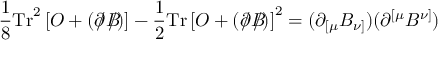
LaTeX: \frac { 1 } { 8 } \mathrm { T r } ^ { 2 } \left[ O + \left( \partial \! \! \! / B \! \! \! \! / \right) \right] - \frac { 1 } { 2 } \mathrm { T r } \left[ O + \left( \partial \! \! \! / B \! \! \! \! / \right) \right] ^ { 2 } = ( \partial _ { \lbrack \mu } B _ { \nu ] } ) ( \partial ^ { \lbrack \mu } B ^ { \nu ] } )